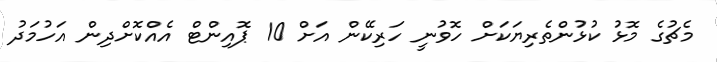
މެޗުގެ މޮޅު ކުޅުންތެރިޔަކަށް ހޮވުނީ ހަރިކޭން އަށް 10 ޕޮއިންޓް އެއްކޮށްދިން އަހުމަދު